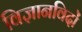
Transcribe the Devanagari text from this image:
विज्ञानविदों